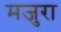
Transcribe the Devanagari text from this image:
मजुरा